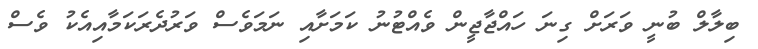
ބިލާލް ބުނީ ވަރަށް ގިނަ ހައްޖާޖީން ވެއްޓުނު ކަމަށާއި ނަމަވެސް ވަރުދެރަކަމާއިއެކު ވެސް